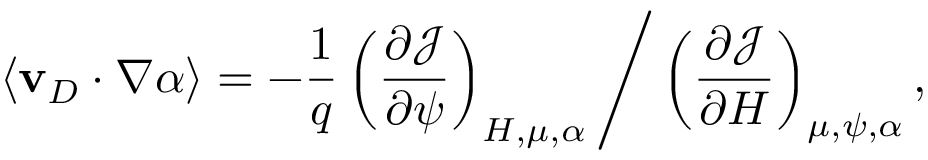
\langle \mathbf { v } _ { D } \cdot \nabla \alpha \rangle = - \frac { 1 } { q } \left( \frac { \partial \mathcal { J } } { \partial \psi } \right) _ { H , \mu , \alpha } \Bigg / \left( \frac { \partial \mathcal { J } } { \partial H } \right) _ { \mu , \psi , \alpha } ,